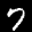
Label: 7